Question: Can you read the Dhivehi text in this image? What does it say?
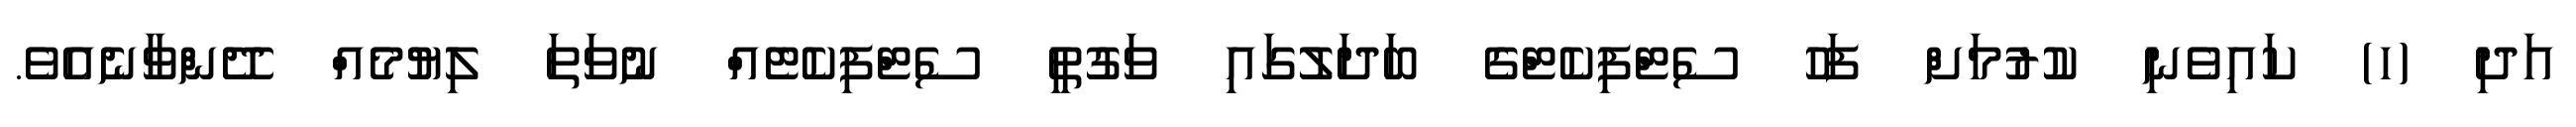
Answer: އަދި (ހ) ކައިވެނި ކުރުމަށް ފަހު ސެޓްފިކެޓްގެ ބަދަލުގައި ވަގުތީ ސެޓްފިކެޓެއް ނުވަތަ ލިޔުމެއް ދޭންވާނެއެވެ.